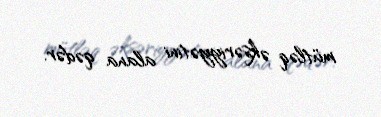
mütləq əksəriyyətini alana qədər.